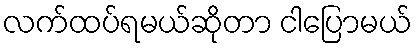
လက်ထပ်ရမယ်ဆိုတာ ငါပြောမယ်